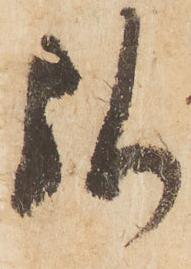
弥